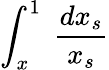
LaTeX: \int_{x}^{1}\; \frac{dx_{s}}{x_{s}}